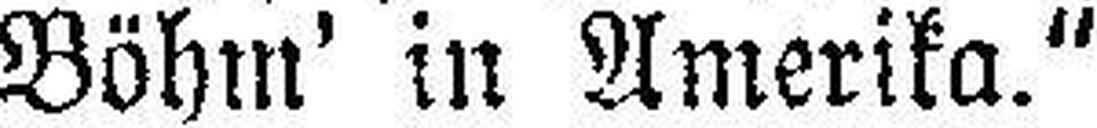
Böhm' in Amerika.“